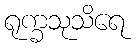
ရုက္ခသုသိရေ